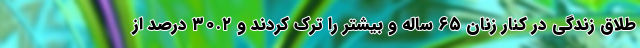
طلاق زندگی در کنار زنان ۶۵ ساله و بیشتر را ترک کردند و ۳۰.۲ درصد از